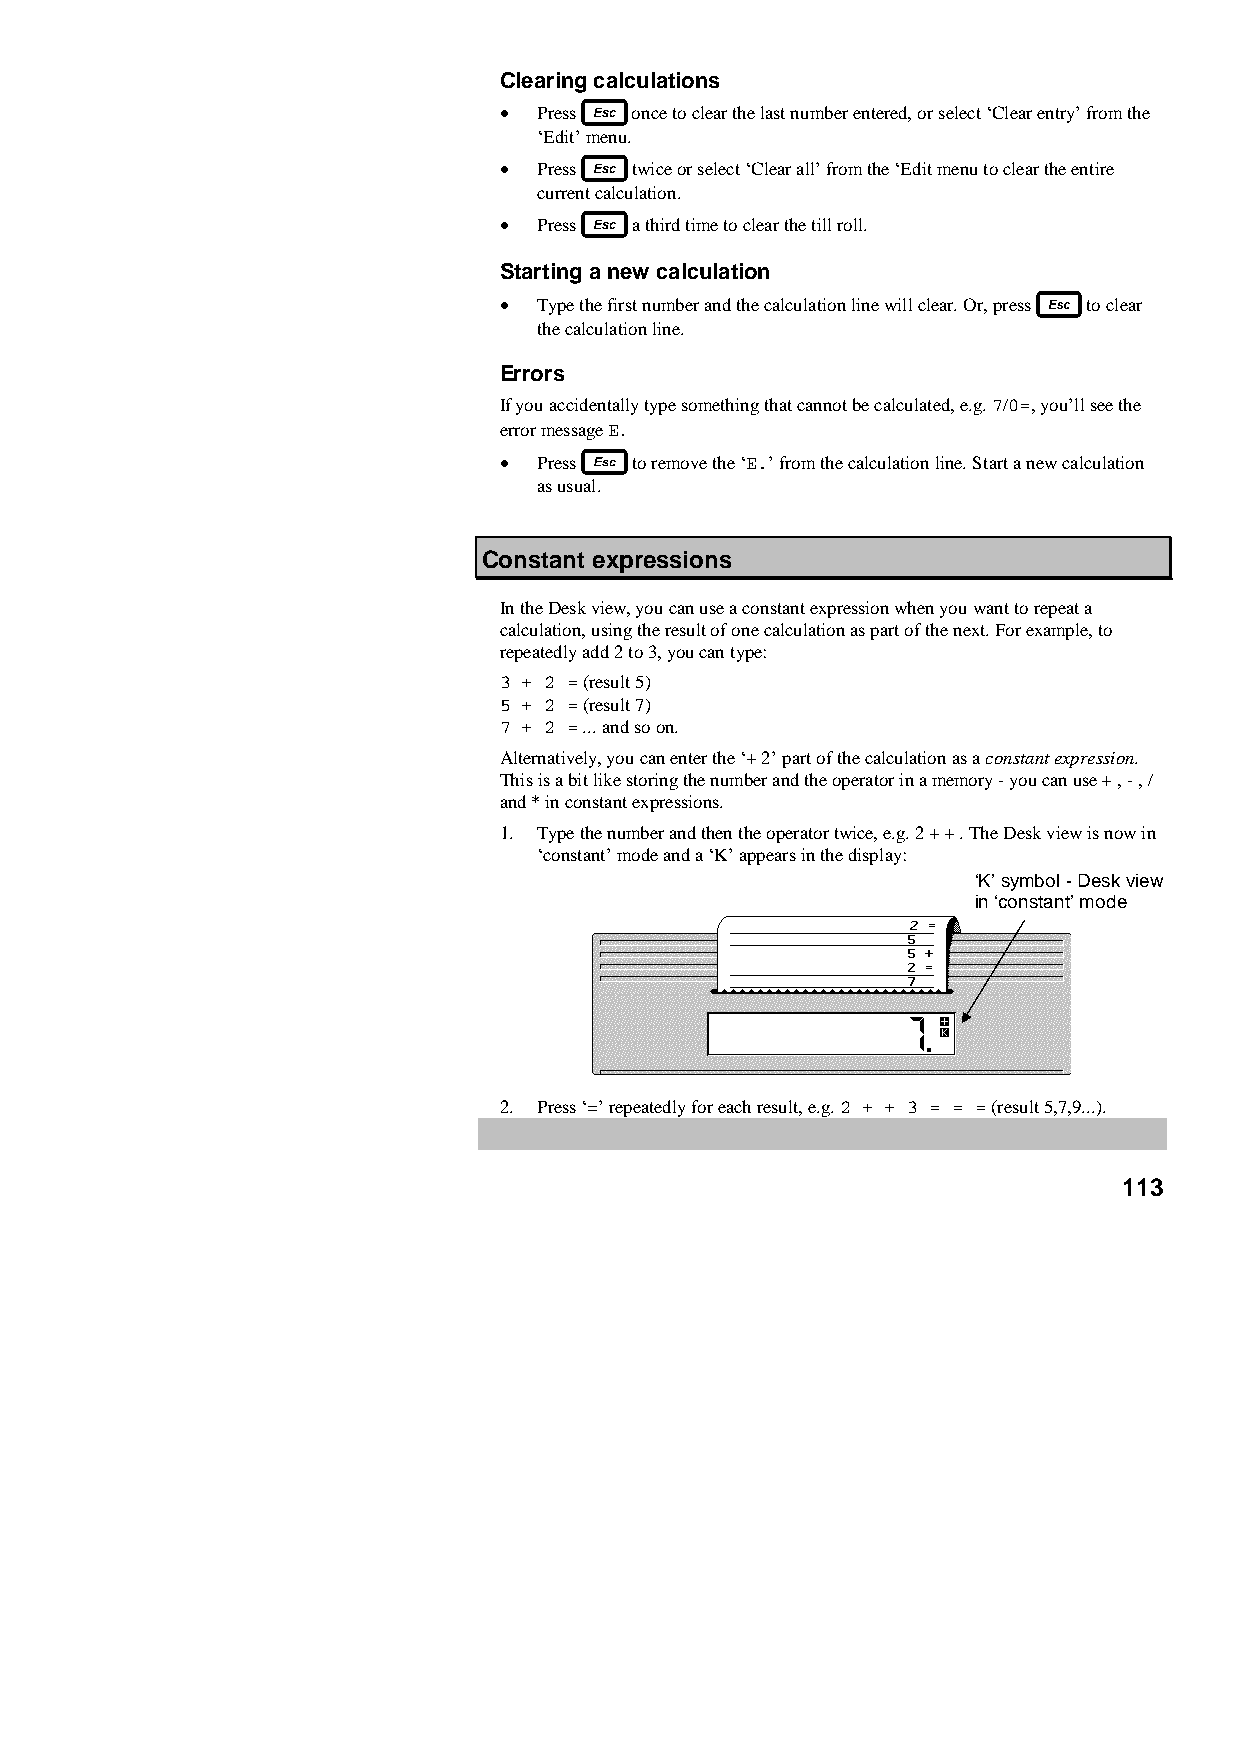
Clearing calculations
 •  Press once to clear the last number entered, or select ‘Clear entry’ from the
 ‘Edit’ menu.
 •  Press twice or select ‘Clear all’ from the ‘Edit menu to clear the entire
 current calculation.
 •  Press a third time to clear the till roll.
 Starting a new calculation
 •  Type the first number and the calculation line will clear. Or, press to clear
 the calculation line.
 Errors
 If you accidentally type something that cannot be calculated, e.g. 7/0=, you’ll see the
 error message E.
 •  Press to remove the ‘E.’ from the calculation line. Start a new calculation
 as usual.
 Constant expressions
 In the Desk view, you can use a constant expression when you want to repeat a
 calculation, using the result of one calculation as part of the next. For example, to
 repeatedly add 2 to 3, you can type:
 3 + 2 = (result 5)
 5 + 2 = (result 7)
 7 + 2 = ... and so on.
 Alternatively, you can enter the ‘+ 2’ part of the calculation as a constant expression.
 This is a bit like storing the number and the operator in a memory - you can use + , - , /
 and * in constant expressions.
 1. Type the number and then the operator twice, e.g. 2 + + . The Desk view is now in
 ‘constant’ mode and a ‘K’ appears in the display:
 ‘K’ symbol - Desk view
 in ‘constant’ mode
 2. Press ‘=’ repeatedly for each result, e.g. 2 + + 3 = = = (result 5,7,9...).
 113